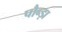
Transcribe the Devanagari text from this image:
पौन्ड़ा